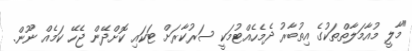
"މާލީ މުއާމަލާތްތަކުގެ އިތުބާރު ދެމެހެއްޓުމަކީ ސަރުކާރަށް ޓަކައި ކޮށްދޭން ޖެހޭ ކަމެއް ނޫން.